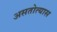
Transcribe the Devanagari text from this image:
असतोत्यास